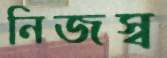
নিজস্ব